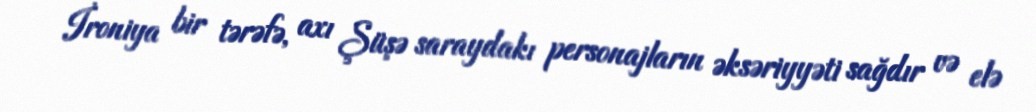
İroniya bir tərəfə, axı Şüşə saraydakı personajların əksəriyyəti sağdır və elə